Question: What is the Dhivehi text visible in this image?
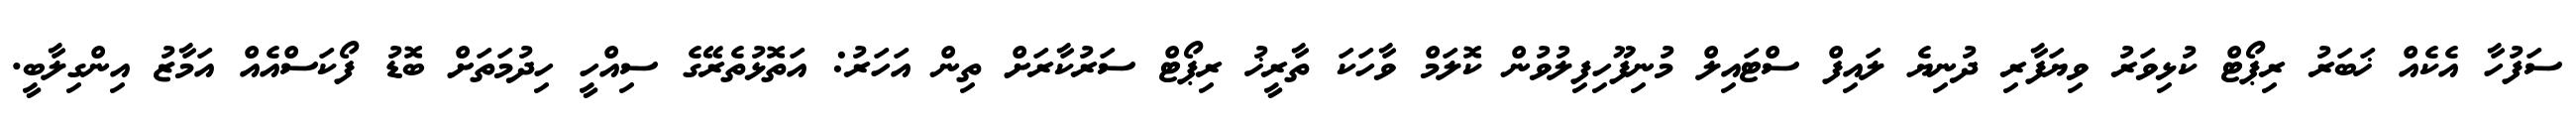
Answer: ސަފުހާ އެކެއް ޚަބަރު ރިޕޯޓް ކުޅިވަރު ވިޔަފާރި ދުނިޔެ ލައިފް ސްޓައިލް މުނިފޫހިފިލުވުން ކޮލަމް ވާހަކަ ތާރީޚު ރިޕޯޓް ސަރުކާރަށް ތިން އަހަރު: އަތޮޅުތެރޭގެ ސިއްހީ ހިދުމަތަށް ބޮޑު ފޯކަސްއެއް އަމާޒު އިންގިލާބީ.